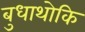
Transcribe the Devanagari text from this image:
बुधाथोकि